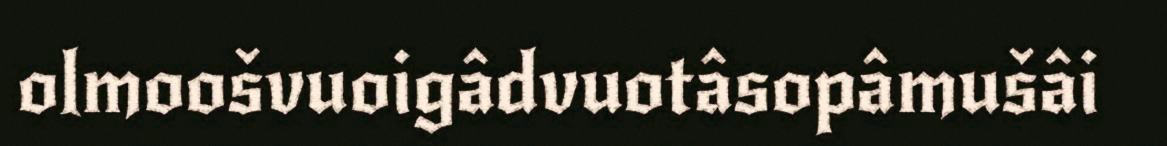
olmoošvuoigâdvuotâsopâmušâi